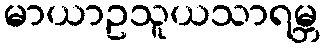
မာယာဥသူယသာရမ္ဘ